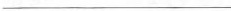
______________________